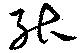
能